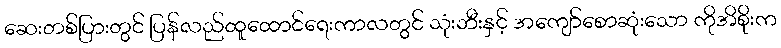
ဆေးတစ်ပြားတွင် ပြန်လည်ထူထောင်ရေးကာလတွင် သုံးဘီးနှင့် အကျော်စောဆုံးသော ကိုအိစိုးက